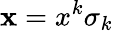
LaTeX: \mathbf{x}=x^{k}\sigma_{k}